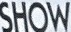
SHOW